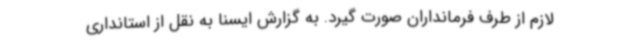
لازم از طرف فرمانداران صورت گیرد. به گزارش ایسنا به نقل از استانداری